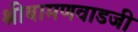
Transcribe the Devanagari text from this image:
श्रीबामणवाडजी